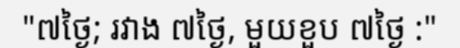
"៧ថ្ងៃ; រវាង ៧ថ្ងៃ, មួយខួប ៧ថ្ងៃ :"